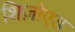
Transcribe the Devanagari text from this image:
शिज़ोएड